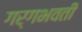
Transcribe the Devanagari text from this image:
गर्गभवती